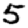
Digit: 5